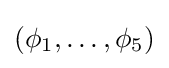
{\textstyle (\phi _{1},\dots ,\phi _{5})}